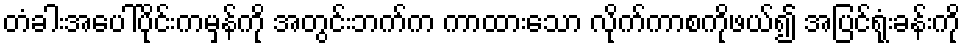
တံခါးအပေါ်ပိုင်းကမှန်ကို အတွင်းဘက်က ကာထားသော လိုက်ကာစကိုဖယ်၍ အပြင်ရုံးခန်းကို